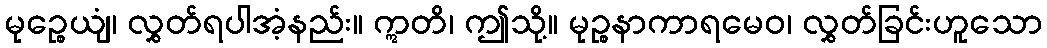
မုဉ္စေယျံ၊ လွှတ်ရပါအံ့နည်း။ ဣတိ၊ ဤသို့။ မုဉ္စနာကာရမေဝ၊ လွှတ်ခြင်းဟူသော